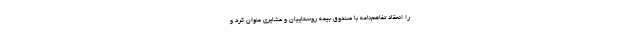
را انعقاد تفاهم‌نامه با صندوق بیمه روستاییان و عشایری عنوان کرد و